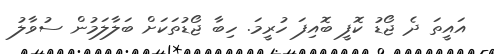
އައީތަ ދެ ޖޯޑު ކޮފީ ބޮއިފަ ހުރީމަ. ހިބާ ޖޯޑުތަކަށް ބަލާލަމުން ސުވާލު